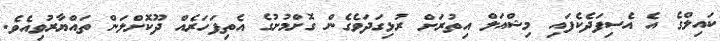
ކައިލްގެ އެ އެސިފަދެކެފައި މިޝްއަލް އިތުރަށް ރުޅިގަދަވެގެން ގޮށްމުށުގެ އެތިފަހަރެއް ދޫކޮށްލަން ތައްޔާރުވިއެވެ.